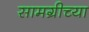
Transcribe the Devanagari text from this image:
सामग्रीच्या